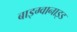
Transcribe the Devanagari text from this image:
बाइग्वानाइड